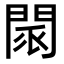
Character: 𨴖